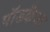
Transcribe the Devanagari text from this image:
पॉडकैचर